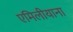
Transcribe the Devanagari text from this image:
एमिलीयाना